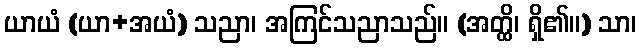
ယာယံ (ယာ+အယံ) သညာ၊ အကြင်သညာသည်။ (အတ္ထိ၊ ရှိ၏။) သာ၊